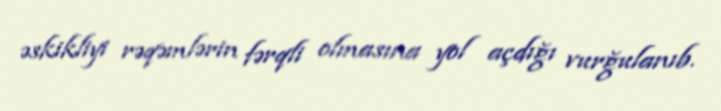
əskikliyi rəqəmlərin fərqli olmasına yol açdığı vurğulanıb.